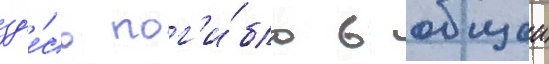
зд'е́сь пог'и́бло в общеи